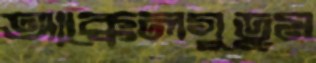
আক্কেলগুড়ুম